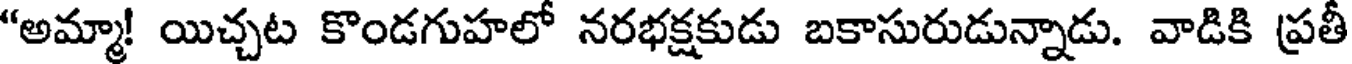
"అమ్మా! యిచ్చట కొండగుహలో నరభక్షకుడు బకాసురుడున్నాడు. వాడికి ప్రతీ